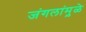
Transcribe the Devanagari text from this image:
जंगलांमु़ळे